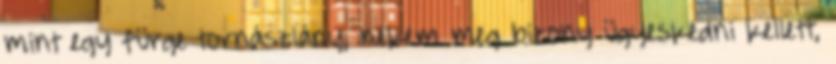
mint egy fürge tornászlány, nekem meg bizony ügyeskedni kellett,